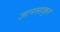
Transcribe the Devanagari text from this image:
ज्ञानसहकृत